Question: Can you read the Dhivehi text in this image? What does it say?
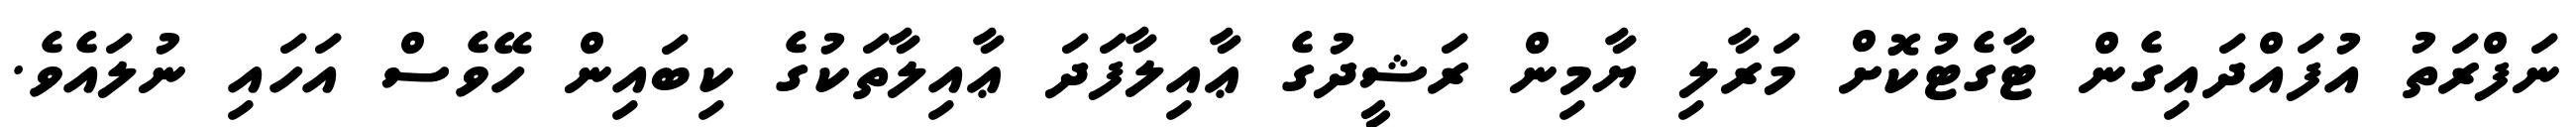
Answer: ނަފްރަތު އުފައްދައިގެން ޓާގެޓުކޮށް މަރާލި ޔާމިން ރަޝީދުގެ ޢާއިލާފަދަ ޢާއިލާތަކުގެ ކިބައިން ހޭވެސް އަހައި ނުލައެވެ.